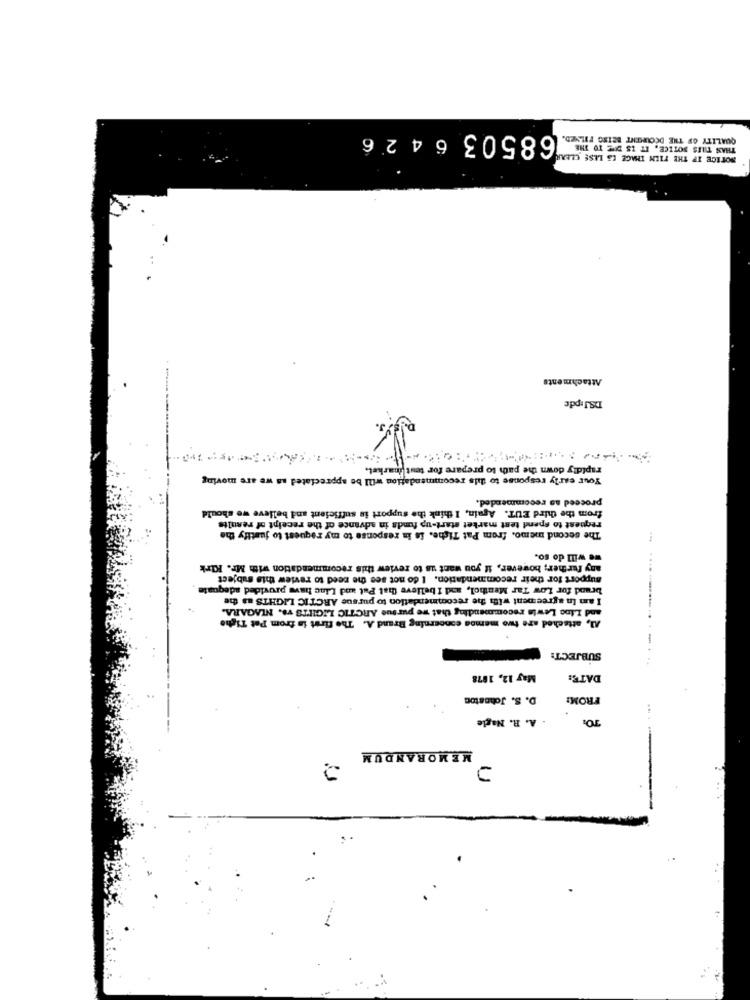
68503 6426
QUALITY OF THE DCOURENT BETSG FILNED.
THAS THES SOTICE, IT IS DUE TO THE
NOTICE IF THE TIEN IMAGE ES LESE CLEAR
Attachments
DS.Jipde
rapidly down the path to prepare for test market.
Your early response to this recommendation will be appreciated as we are moving
proceed aa recommended.
from the third EUT. Again, I think the support is sufficient and believe we should
request to spend test market start-up funds in advance of the receipt of results
The second memo. from Pat Tiche. is in response to my request to justify the
we will do so.
any further; however, if you want us to review this recommendation with Mr. Kirk
support for their recommendation. I do not see the need to review this subject
brand for Low Tar Menthol, sod I believe that Pat and Linc have provided adequate
I am In agreement with the recommendation to pursue ARCTIC LIGHTS as the
and Lino Lewis recommending that we pursue ARCTIC LIGHTS vs. NIAGARA.
Al, attached are two memos concerning Brand A. The first in from Pet Tighe
-
SUBJECT:
May 12, 1878
DATE:
D. S. Johnston
FROM:
. A. R. Nagle
MEMORANDUM
U
--